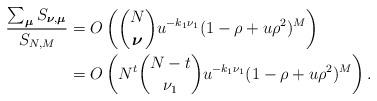
LaTeX: \begin{align*}\begin{aligned}\frac{\sum_{\boldsymbol\mu}S_{\boldsymbol\nu,\boldsymbol\mu}}{S_{N,M}}&=O\left(\binom{N}{\boldsymbol\nu}u^{-k_1\nu_1}(1-\rho+u\rho^2)^M\right)\\&=O\left(N^t\binom{N-t}{\nu_1}u^{-k_1\nu_1}(1-\rho+u\rho^2)^M\right).\end{aligned}\end{align*}